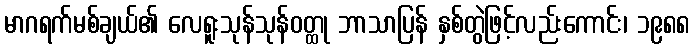
မာဂရက်မစ်ချယ်၏ လေရူးသုန်သုန်ဝတ္ထု ဘာသာပြန် နှစ်တွဲဖြင့်လည်းကောင်း၊ ၁၉၈၈